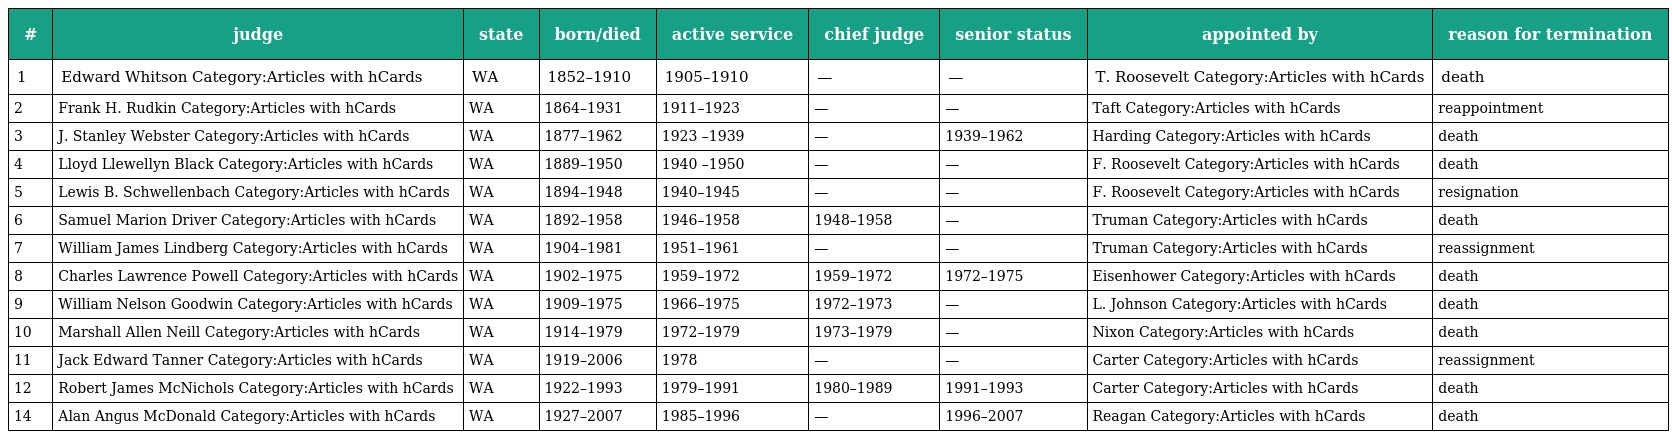
| # | judge | state | born/died | active service | chief judge | senior status | appointed by | reason for termination |
 | --- | --- | --- | --- | --- | --- | --- | --- | --- |
 | 1 | Edward Whitson Category:Articles with hCards | WA | 1852–1910 | 1905–1910 | — | — | T. Roosevelt Category:Articles with hCards | death |
 | 2 | Frank H. Rudkin Category:Articles with hCards | WA | 1864–1931 | 1911–1923 | — | — | Taft Category:Articles with hCards | reappointment |
 | 3 | J. Stanley Webster Category:Articles with hCards | WA | 1877–1962 | 1923 –1939 | — | 1939–1962 | Harding Category:Articles with hCards | death |
 | 4 | Lloyd Llewellyn Black Category:Articles with hCards | WA | 1889–1950 | 1940 –1950 | — | — | F. Roosevelt Category:Articles with hCards | death |
 | 5 | Lewis B. Schwellenbach Category:Articles with hCards | WA | 1894–1948 | 1940–1945 | — | — | F. Roosevelt Category:Articles with hCards | resignation |
 | 6 | Samuel Marion Driver Category:Articles with hCards | WA | 1892–1958 | 1946–1958 | 1948–1958 | — | Truman Category:Articles with hCards | death |
 | 7 | William James Lindberg Category:Articles with hCards | WA | 1904–1981 | 1951–1961 | — | — | Truman Category:Articles with hCards | reassignment |
 | 8 | Charles Lawrence Powell Category:Articles with hCards | WA | 1902–1975 | 1959–1972 | 1959–1972 | 1972–1975 | Eisenhower Category:Articles with hCards | death |
 | 9 | William Nelson Goodwin Category:Articles with hCards | WA | 1909–1975 | 1966–1975 | 1972–1973 | — | L. Johnson Category:Articles with hCards | death |
 | 10 | Marshall Allen Neill Category:Articles with hCards | WA | 1914–1979 | 1972–1979 | 1973–1979 | — | Nixon Category:Articles with hCards | death |
 | 11 | Jack Edward Tanner Category:Articles with hCards | WA | 1919–2006 | 1978 | — | — | Carter Category:Articles with hCards | reassignment |
 | 12 | Robert James McNichols Category:Articles with hCards | WA | 1922–1993 | 1979–1991 | 1980–1989 | 1991–1993 | Carter Category:Articles with hCards | death |
 | 14 | Alan Angus McDonald Category:Articles with hCards | WA | 1927–2007 | 1985–1996 | — | 1996–2007 | Reagan Category:Articles with hCards | death |